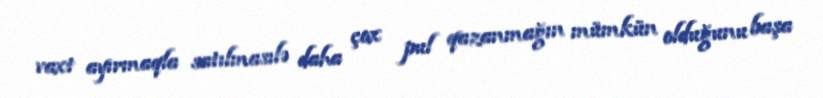
vaxt ayırmaqla satılmasılə daha çox pul qazanmağın mümkün olduğunu başa